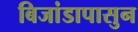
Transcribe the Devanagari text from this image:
बिजांडापासुन